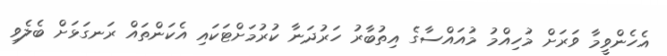
އެހެންވީމާ ވަރަށް މުހިއްމު މުއައްސާގެ އިތުބާރު ހަރުދަނާ ކުރުމަށްޓަކައި އެކަންތައް ރަނގަޅަށް ބެލެވި